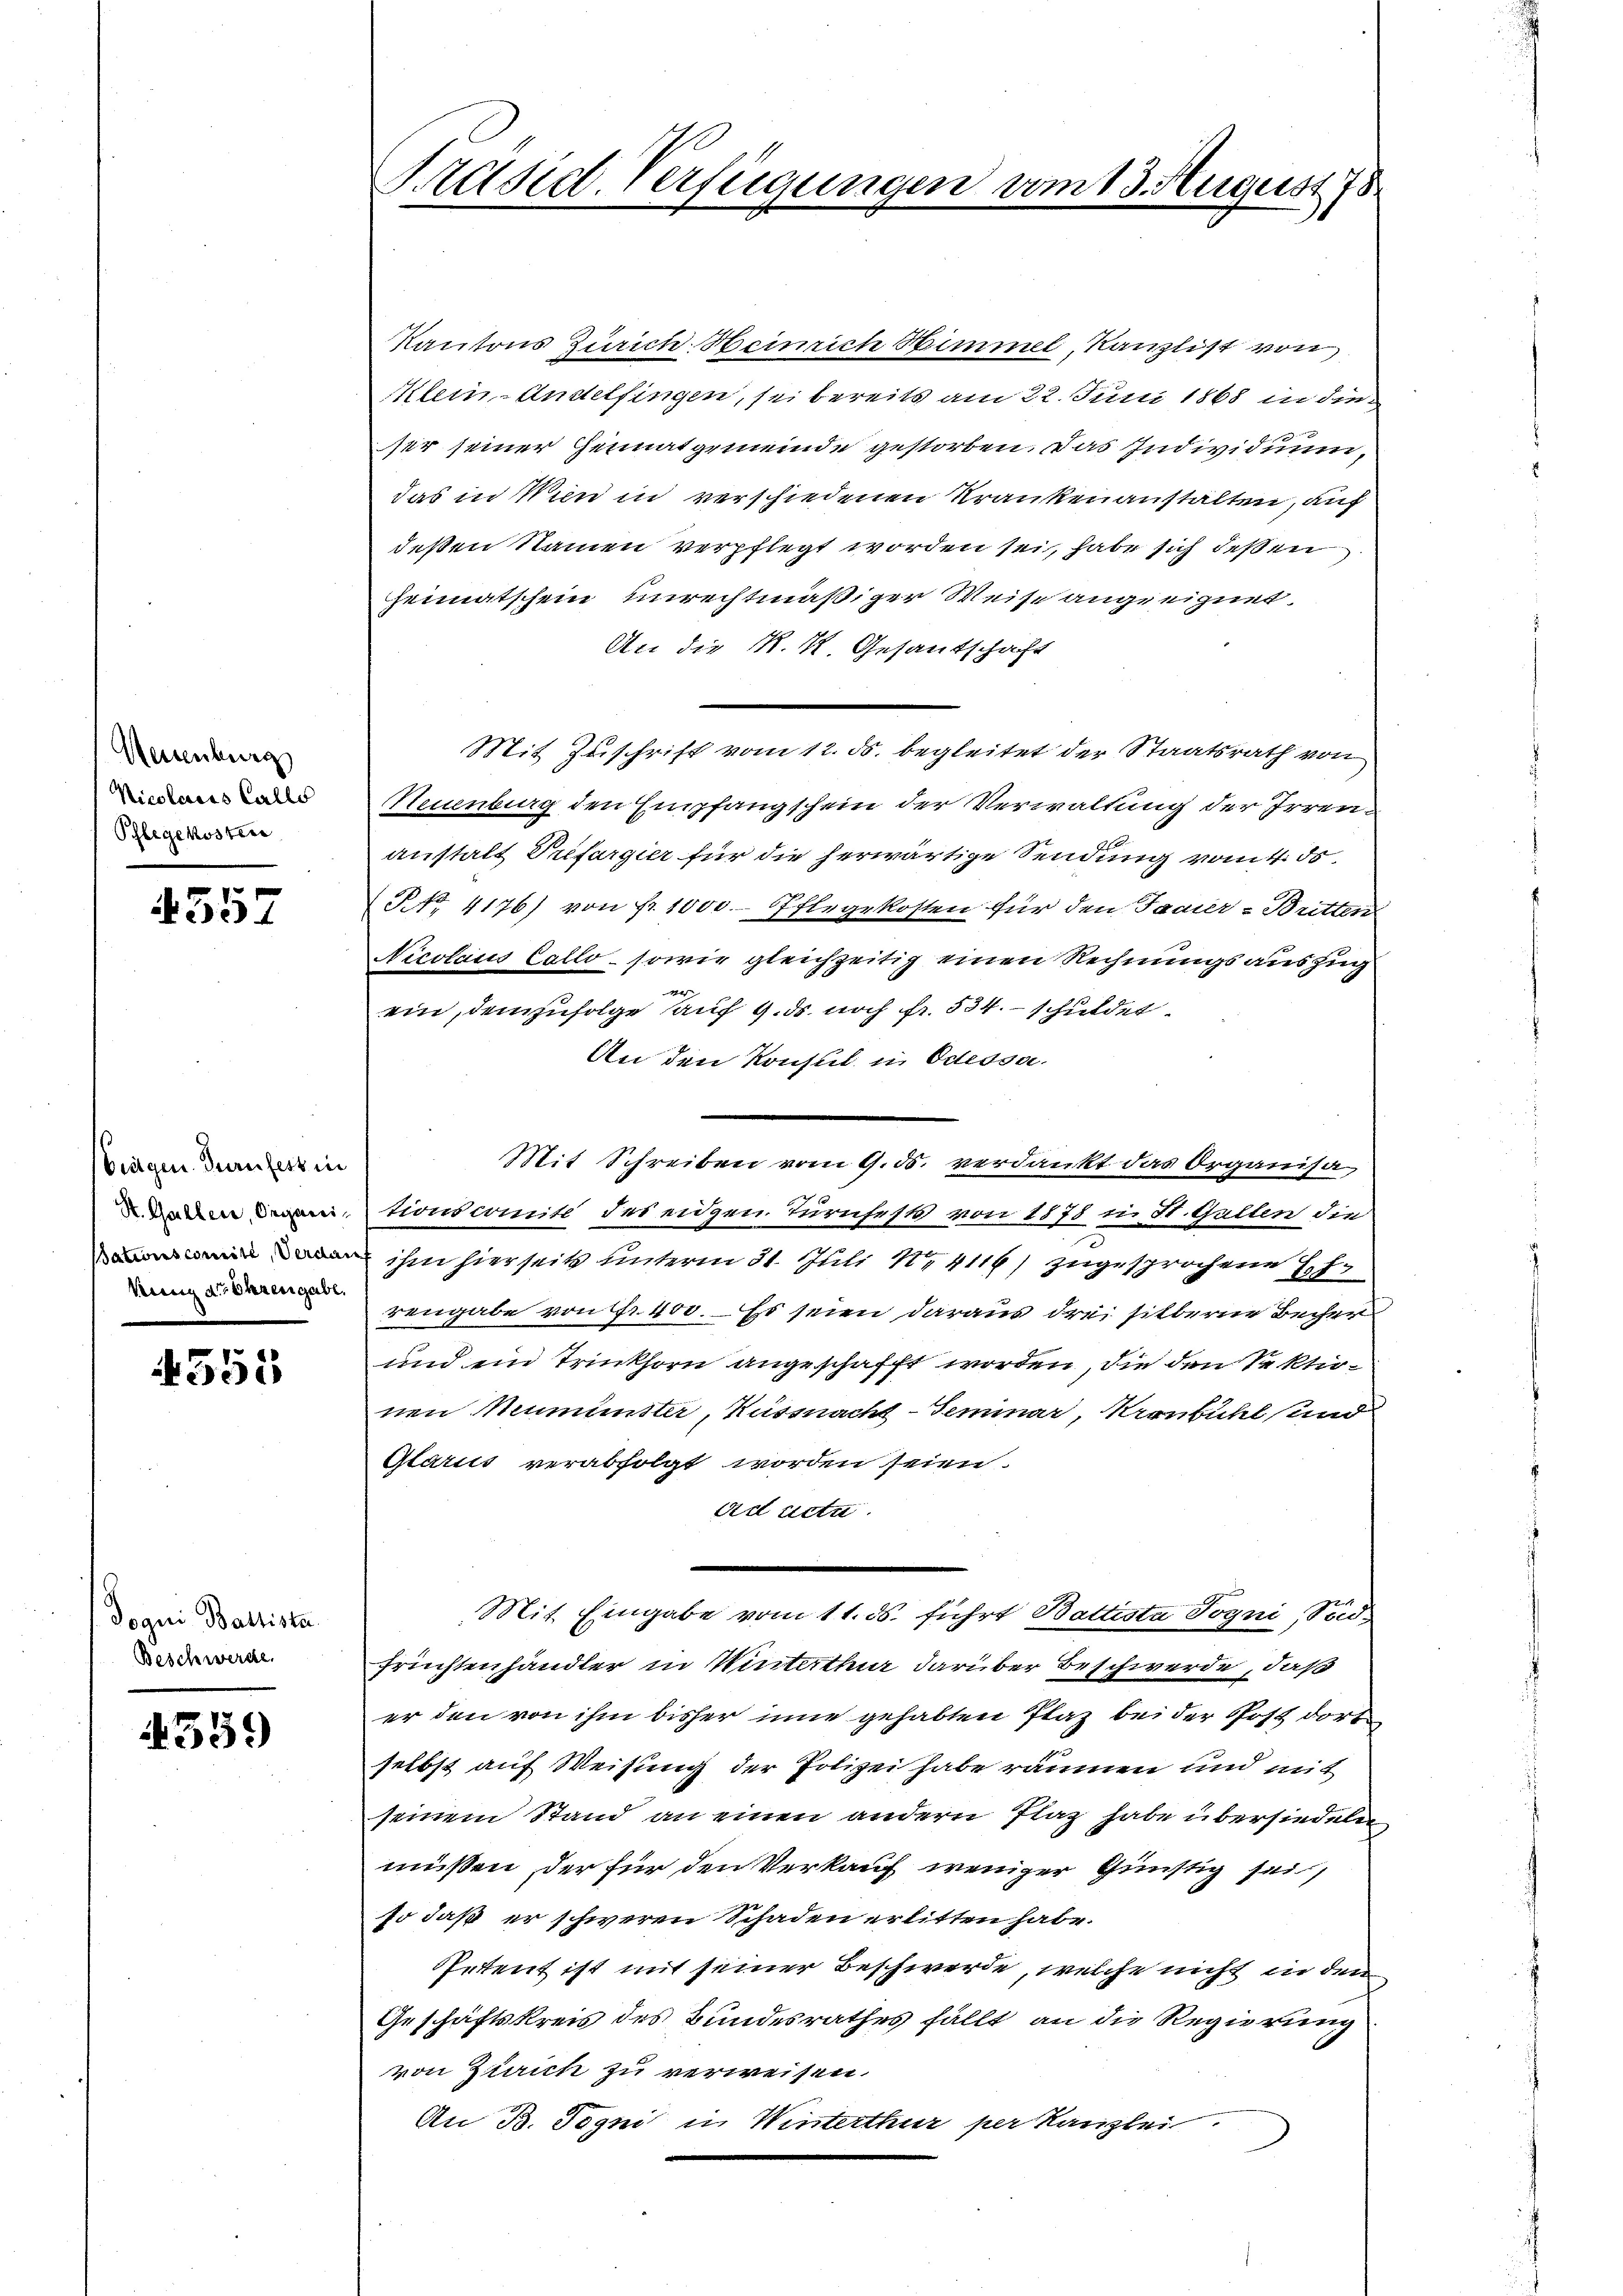
Neuenburg
Nicolaris Callo
Phlegekosten

4357

biegen Turnfest in
St. Galler, Organi¬
Sationscomite, Verdan
kung der Ehrengabe.

4555

Joqui Ballista
Beschwerde.

539

Präsid. Verfügungen vom 13. August 178

Kantons Zürich. Heinrich Himmel, Kanzlist von
Klein-Andelfingen, sei bereits am 22. Juni 1868 in die
sir seiner Heimatgemeinde gestorben. Das Individuum,
das in Wien in verschiedenen Krankenanstalten, auf
deßen Namen verpflegt worden sei, habe sich deßen
Heimatschein unrechtmäßiger Weise angeeignet.
An die N. N. Gesantschaft
Mit Zuschrift vom 12. ds. begleitet der Staatsrath von
Neuenburg den Empfangschein der Verwaltung der Irrenanstalt Prefargier für die herwärtige Sendung vom 4. ds.
NNo. 4176) von fr. 1000. Pflegekosten für den Janier-Britten
Nicolaus Collo- sowie gleichzeitig einen Rechnungsauszug
e
ein, demzufolge auf 9. ds noch fr. 534. schuldet
An den Konsul in Odessa.
Mit Schreiben vom 9. ds. verdankt das Organisa
tionscomité des eidgen. Turnfests von 1878 in St. Gallen die
ihm hierseits unterm 31. Juli Nr 4116) zugesprochene Eh
rengabe von Fr. 400. Es seien daraus drei silberne Becher
und ein Trinkhorn angeschafft worden, die den Sektionen Neumünster, Küssnacht - Seminar, Kronbühl und
Glarus verabfolgt worden seien.
Eid actu
Mit Eingabe vom 11. ds. führt Battiste Jogni, Sod¬
Früchtenhändler in Winterthur darüber Beschwerde, daß
er den von ihm bisher inne gehabten Plaz bei der Post dort
selbst auf Weisung der Polizei habe räumen und mit
seinem Stand an einen andern Plaz habe übersiedeln
müssen, der für den Verkauf weniger Günstig sei,
so daß er schweren Schaden erlitten habe.
Petent ist mit seiner Beschwerde, welche nicht in dem
Geschäftskreis des Bundesrathes fällt, an die Regierung
von Zürich zu verweisen.
An B. Togni in Winterthur per Kanzlei.